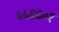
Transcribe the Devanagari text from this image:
५५६६०१